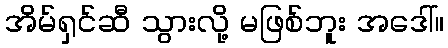
အိမ်ရှင်ဆီ သွားလို့ မဖြစ်ဘူး အဒေါ်။